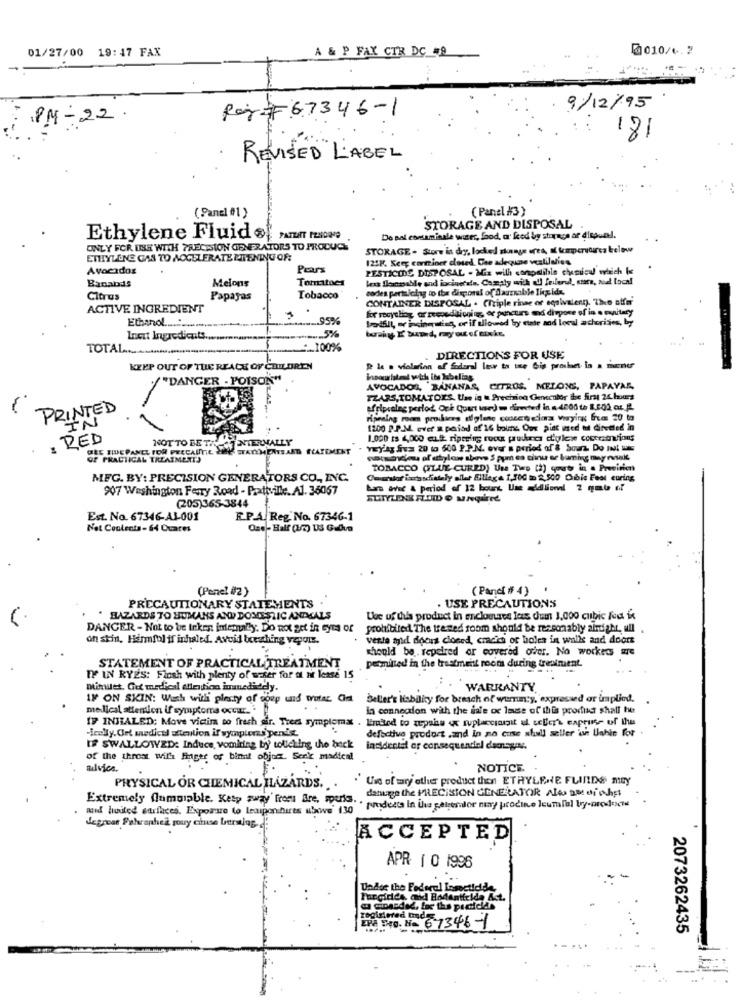
01/27/00 19:47 FAX
A & P FAX CTR DC =9
0010/6.2
Raj#67346-1
9/12/95
PM-22.
181
REVISED LABEL
(Panel #1 }
(Panel #3)
STORAGE AND DISPOSAL
Ethylene Fluid & PATENT FOLIOMO
De pal comaminale water, food, o' kod by storage ar dispuel.
ONLY FOR USE WITH PRECISION GENERATORS TO PRODUCE
STORAGE - Store in dry, locked skange ores, al fomperucirca below
ETHYLENE GAS TO ACCELERATE PITENING OF:
125K. Keep confiner closed, Dae adequase vezlilalies
Avocados
Pears
PESTICIDE DISPOSAL - Mix will conodlihle cynicd which Is
Tomatoes
lexx llonable and incinerale. Comaty with ddf feilerul, stars, sal toch!
Banabds
Melons
codes partuicing to the disponal of daursable liquida.
Citrus
Papayas
Tobacco
CONTAINER DISPOSAL . (Triple rinse or equivalent). The offer
ACTIVE INGREDIENT
for recycling or zeepeditioning, or puncture and dirpore of in a mytary
Ethanol ........
.. 95%
badhill, or incineraing, or if allowed bry este aod local achorises, by
Inest Ingredients.
.... 5%
TOTAL ......
.100%
DIRECTIONS FOR USE
KEEP OUT OF THE REACH OF CHILDREN
R le a violation af fodaral lese to te Gis prosent in a mener
./ "DANGER - POISON"
Wnoouristand with its labeling
AVOCADOS, BANANAS, CITRUS, MELONS, PAPAYAS,
TEARS,TOMATOES, Use in « Precision Genecalor the first 26 hours
PRINTED
afripralng perlod Och Quart ted o directed in a 4000 to 8.202 az. g.
IN
Forslag room proukiess dylene conseneticna waying frem 20 to
1200 P.P.M. ever a paisd of'16 bourne Our pint used to diredled in
: RED
NOT TO BE TALA INTERNALLY
1.000 ts 4,000 ca.it ripering roce pudras d'ylewe ccccations
CES THEPANEL FOR PRECAITTE WINY
ONTSARD FLATEMENT
YEY Az Sus 20 to 600 P.P.N. over a period of & Sour. Do Int us
PRACTICAL TRZAIM
pormondieu of chylow above $ pym ca chu er baming may rusakt
TOBACCO (LUE CURED) Un Tip (2) courts in . Preeinen
MFG. BY: PRECISION GENERATORS CO ., INC.
Gestor iaoschiately eller Eltieg & 1,700 m 2,500 Cubic Feet curing
907 Washington Ferry Road - Prattville. A1. 36067
bars avec & period of 12 bours, Une additional 2 gabe of
(205)365-3844
Est. No. 67346-A3-001
F.P.A. Reg. No. 67346-1
Not Contents-64 Ouares
One- Half (1/2) US Galve
(Panel #2 )
( Panc # 4)
PRECAUTIONARY STATEMENTS
. USE PRECAUTIONS
. HAZARDS TO HUMANS AND DOMESTIC ANIMALS
Use of this product in mcloutros los dum 1,000 cubic feet ix
DANGER - Not to be Irken intenuly. Do not get in eyes of
prohibited The tremed foom should be resconably alright, ull
on skin, Harmful if inhaled. Avoid breathing vepour.
vesle myid doors closed, crack or holes in walls and doors
should be . repaired or covered over. No workers are
permited in the trestmeist rooms during treatment.
STATEMENT OF PRACTICAL TREATMENT
IF IN RYES: Flush with plenty of sker for at n lease 15
mimiet. Gut medical dertien immedidely.
WARRANTY
IN ON SKIN: Wash withi plesty of goup und wotar Cie Seller's liability for breach of wern:y, expressed or implied.
medical attention if symptoms occur_
in connection with the isle oc lause of this prodias shall be
IF INSTALED: Move victim to fresh air. Trees symptomat . Limited to mpahu « ruplacciorgit al seller's capruns- of the
-ically. Oet medical attention if symptoms penit
defective product .and in no cose shell seller ian Uahie for
IF SWALLOWED: Induce, vomiting by tolicking the beck
incidentel or consequendel damages.
of the throat will finger of bint objem. Serk madical
nulvios.
NOTICE
Use of ary other product then ETHYLENE FLINDE may
PHYSICAL OR CHEMICAL HAZARDS.
danuage the PRECISION GENERATOR Ales aMeiohist
Extremely flumuiable. Kety away' from Bre, spuris.
mid hosted surfaces. Exporsre to Leaiponihires ubiwe' 130
" products in Uns generador may produce ]cumafel by-nrcslente
Jegroar Faturaphei jouy chuse burning,
ACCEPTED.
APR 1 0 1996
Under the Federal Losact
Fungidds, and Bodenttelde Act.
EPA 540. He 6 7346 -1
registered Inde
2073262435